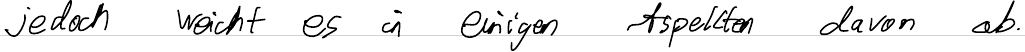
jedoch weicht es in einigen Aspekten davon ab.